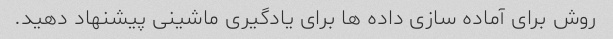
روش برای آماده سازی داده ها برای یادگیری ماشینی پیشنهاد دهید.